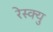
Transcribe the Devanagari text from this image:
रेस्क्यु